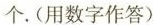
个.(用数字作答)